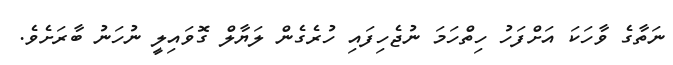
ނަތާގެ ވާހަކަ އަށްފަހު ހިތްހަމަ ނުޖެހިފައި ހުރެގެން ލަޔާލް ގޮވައިލީ ނުހަނު ބާރަށެވެ.